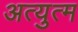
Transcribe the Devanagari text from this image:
अत्युत्म